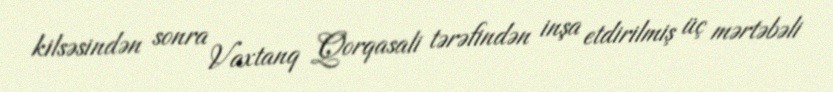
kilsəsindən sonra Vaxtanq Qorqasali tərəfindən inşa etdirilmiş üç mərtəbəli